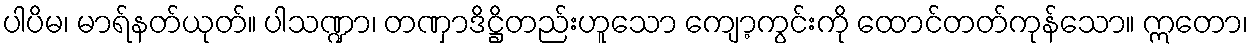
ပါပိမ၊ မာရ်နတ်ယုတ်။ ပါသဏ္ဍာ၊ တဏှာဒိဋ္ဌိတည်းဟူသော ကျော့ကွင်းကို ထောင်တတ်ကုန်သော။ ဣတော၊